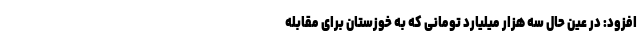
افزود: در عین حال سه هزار میلیارد تومانی که به خوزستان برای مقابله